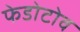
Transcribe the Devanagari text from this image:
फेडोटोव